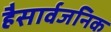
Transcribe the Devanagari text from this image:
हैसार्वजनिक